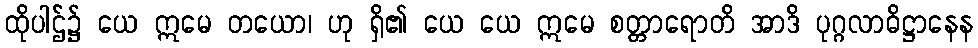
ထိုပါဌ်၌ ယေ ဣမေ တယော၊ ဟု ရှိ၏ ယေ ယေ ဣမေ စတ္တာရောတိ အာဒိ ပုဂ္ဂလာဓိဋ္ဌာနေန